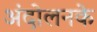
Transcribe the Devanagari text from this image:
अंदोलनके